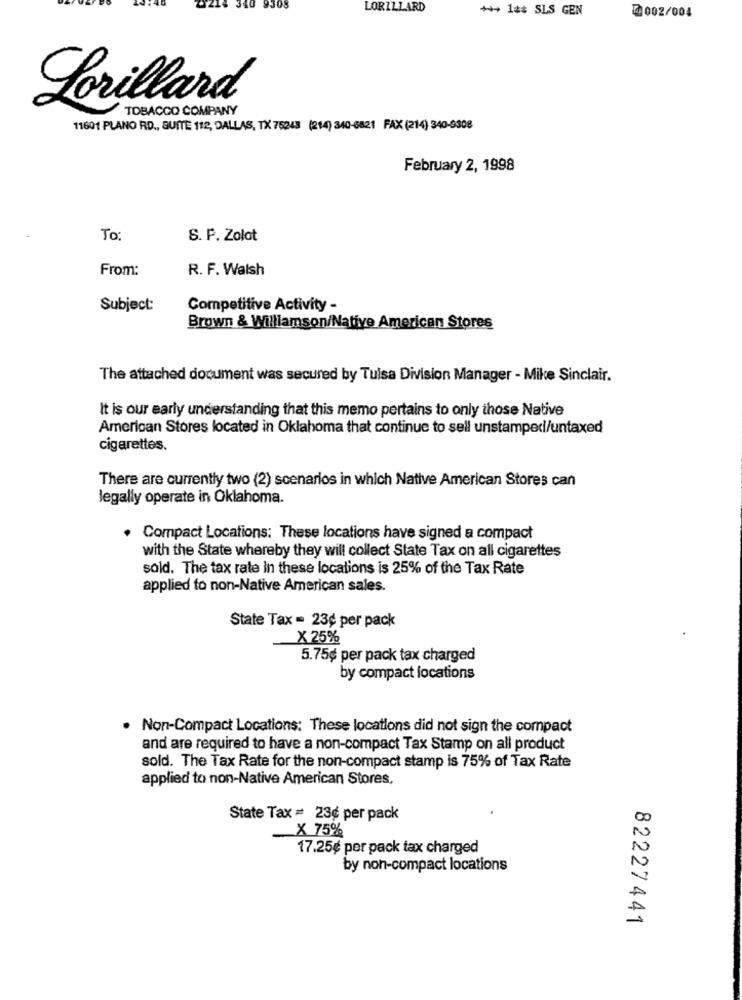
308
LORILLARD
+++ 1## SLS GEN
@002/004
Lorillard
TOBACCO COMPANY
11601 PLANO RD ., BUTTE 112, DALLAS, TX 75243 (214) 340-6821 FAX (214) 340-9308
February 2, 1998
To:
S. P. Zolot
From:
R. F. Walsh
Subject:
Competitive Activity -
Brown & Williamson/Native American Stores
The attached document was secured by Tulsa Division Manager - Mike Sinclair.
It is our early understanding that this memo pertains to only those Native
American Stores located in Oklahoma that continue to sell unstampedi/untaxed
cigarettes.
There are currently two (2) scenarios in which Native American Stores can
legally operate in Oklahoma.
Compact Locations: These locations have signed a compact
with the State whereby they will collect State Tax on all cigarettes
sold. The tax rate in these locations is 25% of the Tax Rate
applied to non-Native American sales.
State Tax = 23¢ per pack
X 25%
5.75¢ per pack tax charged
by compact locations
. Non-Compact Locations: These locations did not sign the compact
and are required to have a non-compact Tax Stamp on all product
sold. The Tax Rate for the non-compact stamp is 75% of Tax Rate
applied to non-Native American Stores,
State Tax = 23¢ per pack
X 75%
17.25¢ per pack tax charged
by non-compact locations
82227441